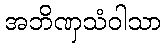
အဘိဏှသံဝါသာ